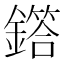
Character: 𫓌